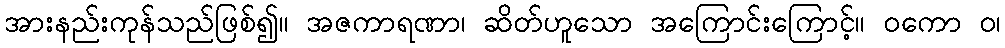
အားနည်းကုန်သည်ဖြစ်၍။ အဇကာရဏာ၊ ဆိတ်ဟူသော အကြောင်းကြောင့်။ ဝကော ဝ၊